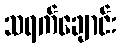
သရက်ချောင်း